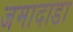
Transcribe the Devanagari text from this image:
जमादाडा